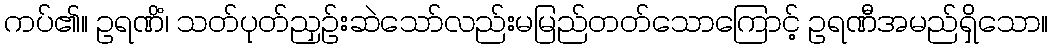
ကပ်၏။ ဥရဏိံ၊ သတ်ပုတ်ညှဉ်းဆဲသော်လည်းမမြည်တတ်သောကြောင့် ဥရဏီအမည်ရှိသော။